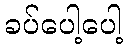
ခပ်ပေါ့ပေါ့